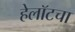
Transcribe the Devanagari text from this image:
हेलॉटचा